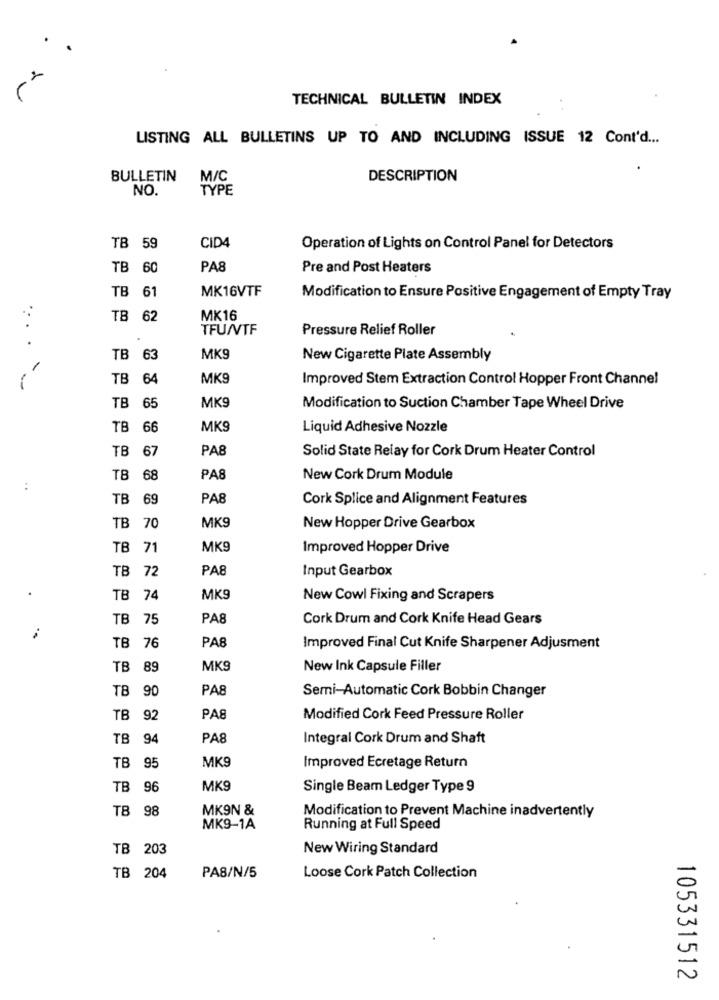
TECHNICAL BULLETIN INDEX
LISTING ALL BULLETINS UP TO AND INCLUDING ISSUE 12 Cont'd ...
BULLETIN
M/C
DESCRIPTION
NO.
TYPE
TB 59
CID4
Operation of Lights on Control Panel for Detectors
TB 60
PA8
Pre and Post Heaters
MK16VTF
TB 61
Modification to Ensure Positive Engagement of Empty Tray
TB 62
MK16
TFU/VTF
Pressure Relief Roller
... .
TB 63
MK9
New Cigarette Plate Assembly
TB 64
MK9
Improved Stem Extraction Control Hopper Front Channel
MK9
TB 65
Modification to Suction Chamber Tape Wheel Drive
TB 66
MK9
Liquid Adhesive Nozzle
TB
PA8
Solid State Relay for Cork Drum Heater Control
67
TB 68
PA8
New Cork Drum Module
TB 69
PA8
Cork Splice and Alignment Features
TB 70
MK9
New Hopper Drive Gearbox
TB 71
MK9
Improved Hopper Drive
TB 72
PA8
Input Gearbox
TB 74
MK9
New Cowl Fixing and Scrapers
TB 75
PA8
Cork Drum and Cork Knife Head Gears
PA8
TB 76
Improved Final Cut Knife Sharpener Adjusment
TB 89
MK9
New Ink Capsule Filler
TB 90
PA8
Semi-Automatic Cork Bobbin Changer
TB 92
PA8
Modified Cork Feed Pressure Roller
TB 94
PA8
Integral Cork Drum and Shaft
MK9
TB 95
Improved Ecretage Return
TB 96
MK9
Single Beam Ledger Type 9
TB 98
MK9N &
Modification to Prevent Machine inadvertently
MK9-1A
Running at Full Speed
TB 203
New Wiring Standard
TB 204
PA8/N/5
Loose Cork Patch Collection
105331512